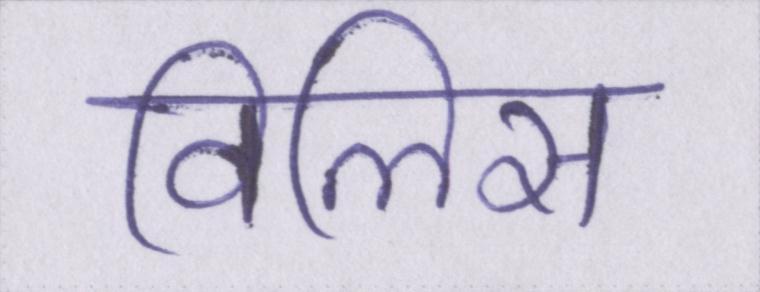
विलिस